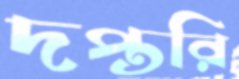
দপ্তরি